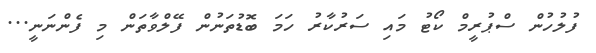
ފުލުހުން ސްޕުރީމް ކޯޓު މައި ސަރުކާރު ހަމަ ބޮޑުތަނުން ފޭލްވާތަން މި ފެންނަނީ...